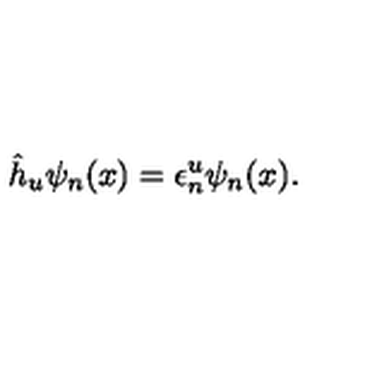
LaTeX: \hat { h } _ { u } \psi _ { n } ( x ) = \epsilon _ { n } ^ { u } \psi _ { n } ( x ) .